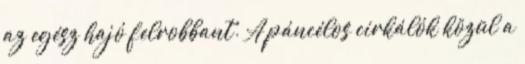
az egész hajó felrobbant. A páncélos cirkálók közül a